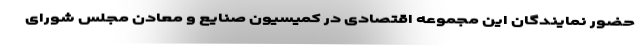
حضور نمایندگان این مجموعه اقتصادی در کمیسیون صنایع و معادن مجلس شورای